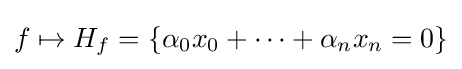
f\mapsto H_{f}=\{\alpha _{0}x_{0}+\cdots +\alpha _{n}x_{n}=0\}